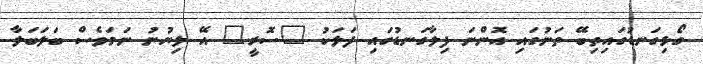
ގޯޅިިގަނޑުގައިތިބޭ ތަނުގައި އޮންނަ ފިލާގަނޑުގައި ފަލަކު "ސޮރީ" އޭ ލިޔުނު ނަމަވެސް ބަލަބަލާ